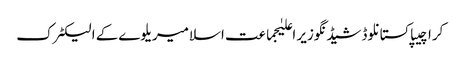
کراچیپاکستانلوڈشیڈنگوزیر اعلیٰجماعت اسلامیریلوےکے الیکٹرک